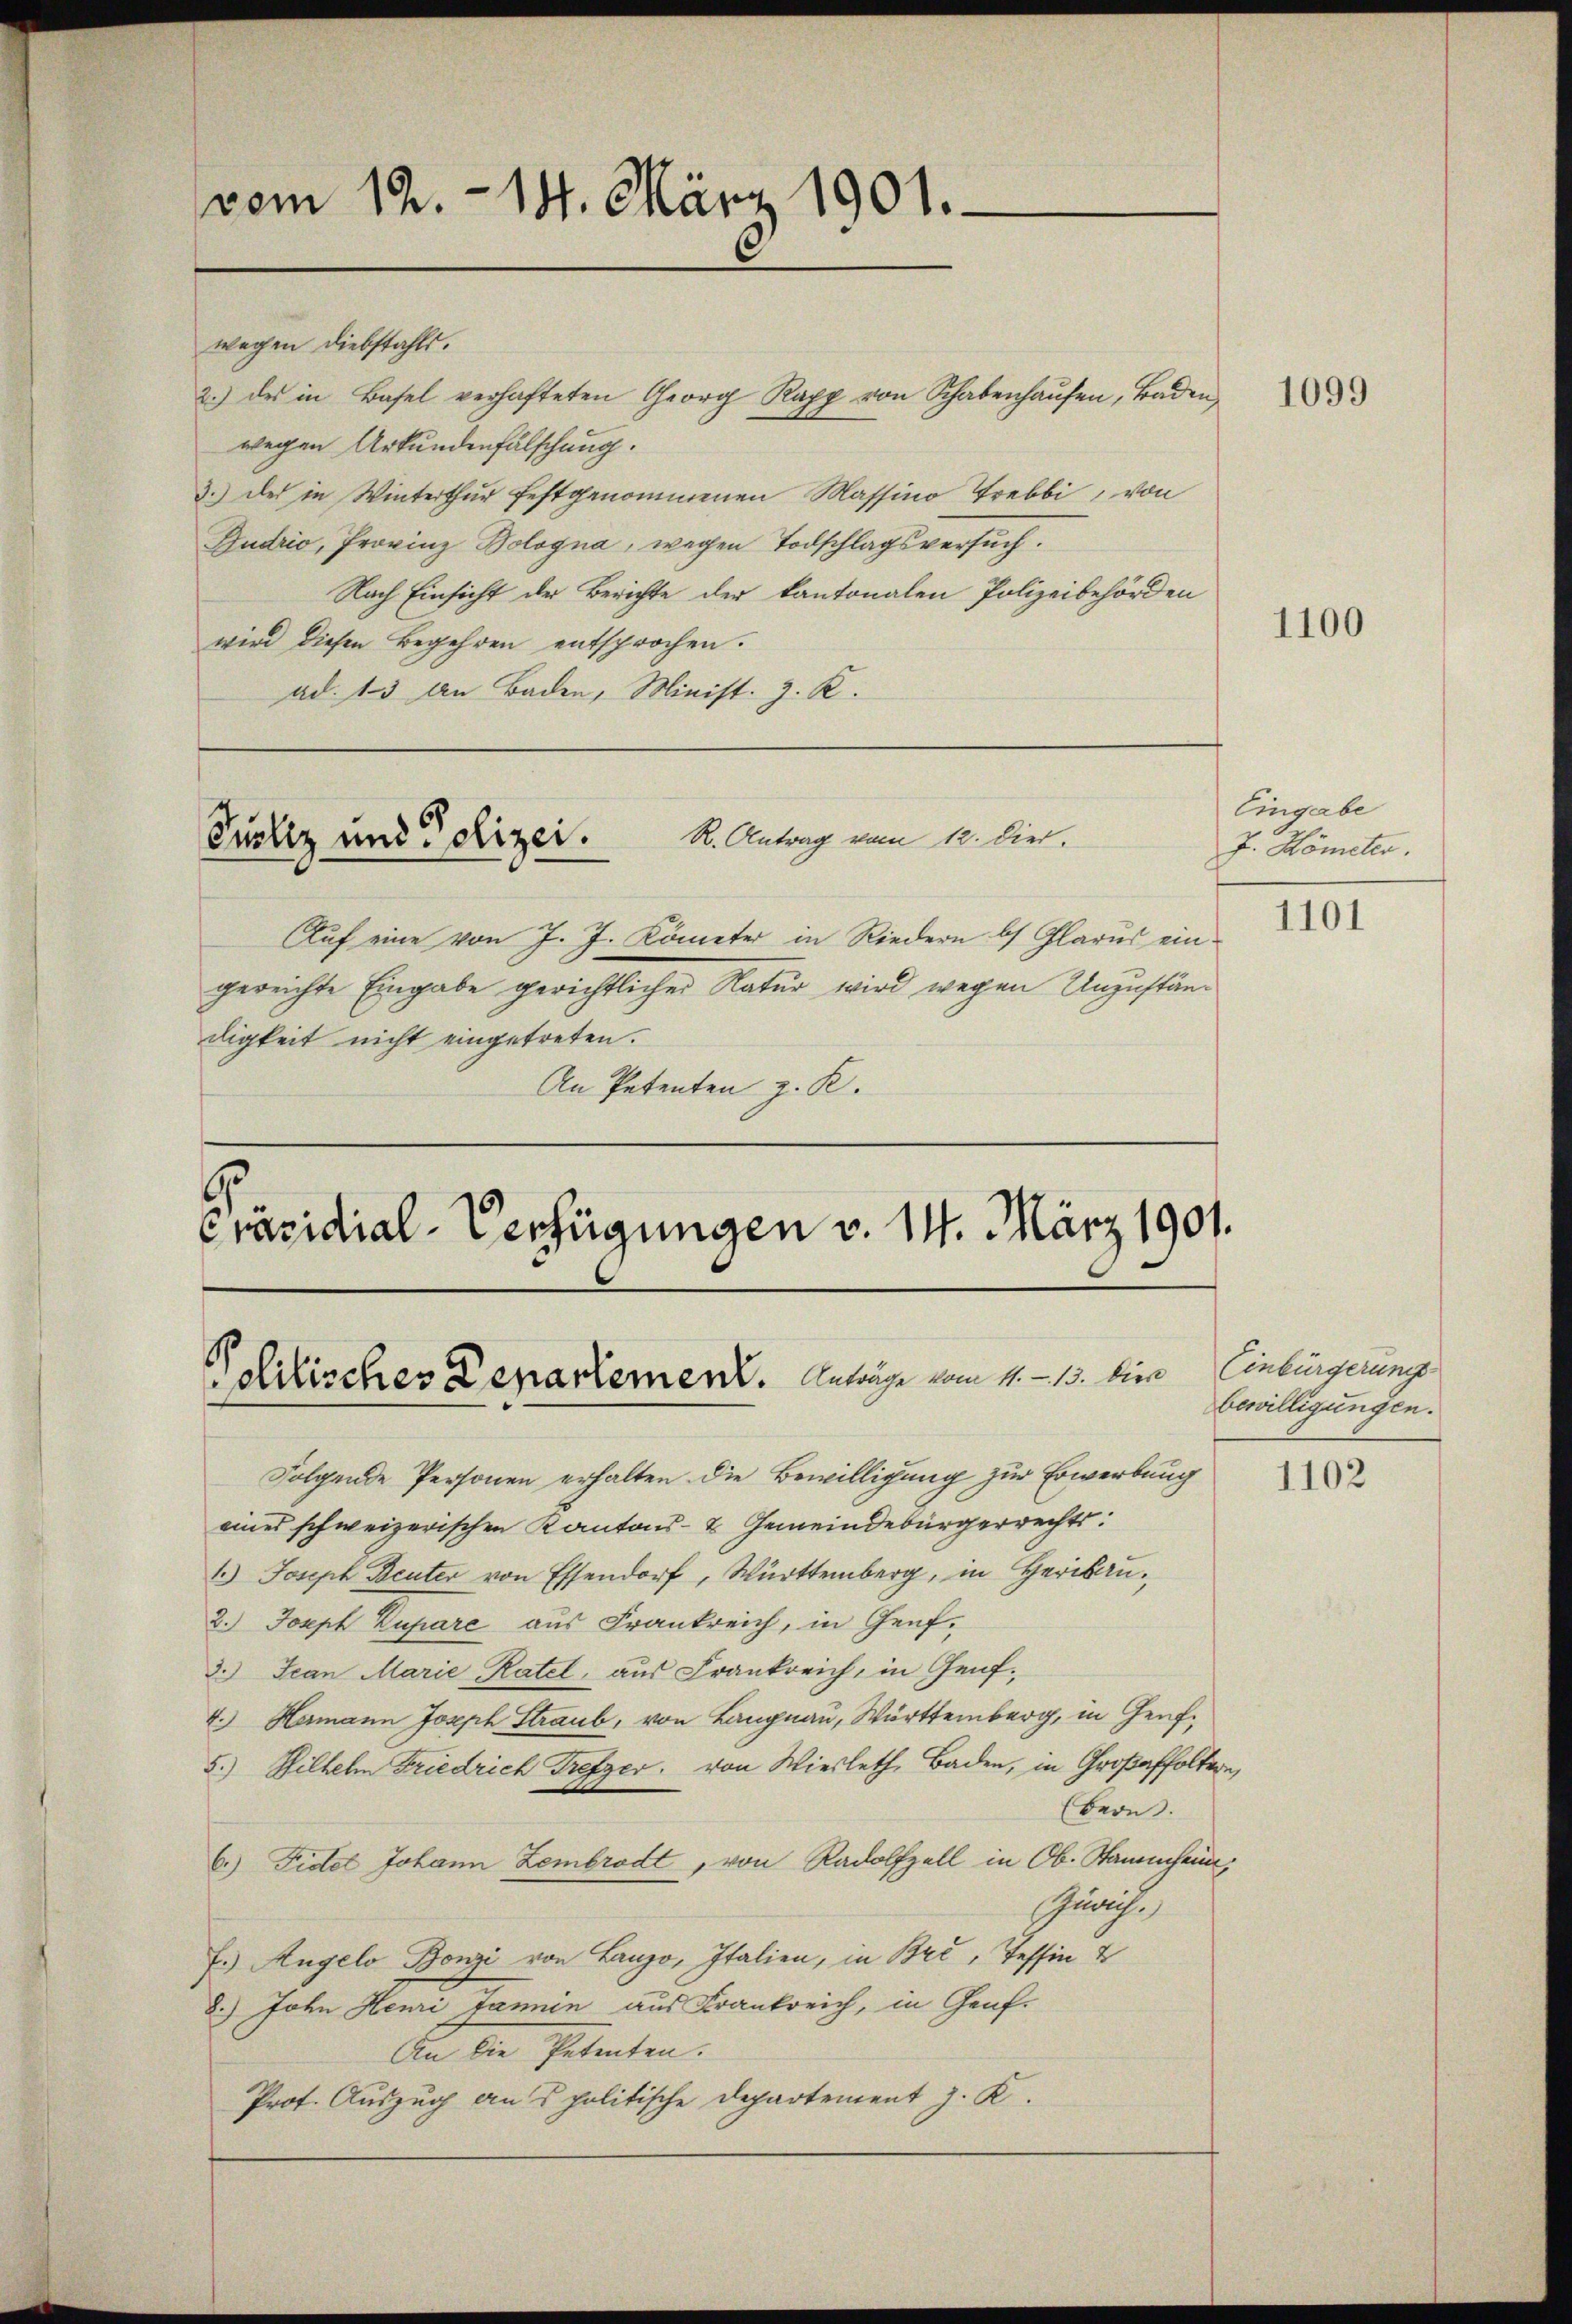
vom 12. 14. März 1901.

wegen Diebstahls.
2.) des in Basel verhafteten Georg Kapp von Schabenhaŭsen, Baden
wegen Urkundenfälschung.
3.) Der in Winterthur festgenommenen Massino Trebbi, von
Budrio, Provinz Bologna, wegen Todschlagsversuch.
Nach Einsicht der Berichte der kantonalen Polizeibehörden
wird diesen Begehren entsprochen.
ad. 13 an Baden, Minist. z. R.

Auf eine von J. J. Kometer in Riedern bs Glarus eingereichte Eingabe gerichtlicher Natur wird wegen Unzuständigkeit nicht eingetreten.
An Petenten z. K.

Pucliz und Polizei.

R. Antrag vom 12. Dier.

Präsidial-Verfügungen v. 14. März 1901.
Politisches Departement. Anträge vom 11. 13. bien

Folgende Personen erhalten die Bewilligung zur Erwerbung
eines schweizerischen Kantons- & Gemeindebürgerrechts:
1.) Joseph Beuter von Essendorf, Württemberg, in Herrn
2.) Joseph Zupare aus Frankreich, in Genf¬
3.) Jean Marie Ratel, aus Frankreich, in Genf.
4.) Hermann Joseph Straub, von Langnau, Württemberg, in Genf¬
5.) Wilhelm Friedrich Trefzer. von Wiesleth, Baden, in Großaffoltern,
(Bern.
6.) Fidel Johann Lembrodt, von Radolfzell in Ob. Stammheim,
Zürich
E.) Angelo Bonzi von Lanzo, Italien, in Brć, Tessin 4
8.) John Henri tannen aus Frankreich, in Genf.
An die Petenten.
Prof. Auszug ans politische Departement J. K.

1099

1100

Eingabe
P. Hömeter.

1101

Einbürgerung
bewilligungen.

1102